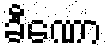
ခီဏော